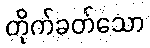
တိုက်ခတ်သော